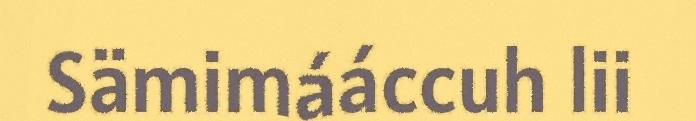
Sämimááccuh lii